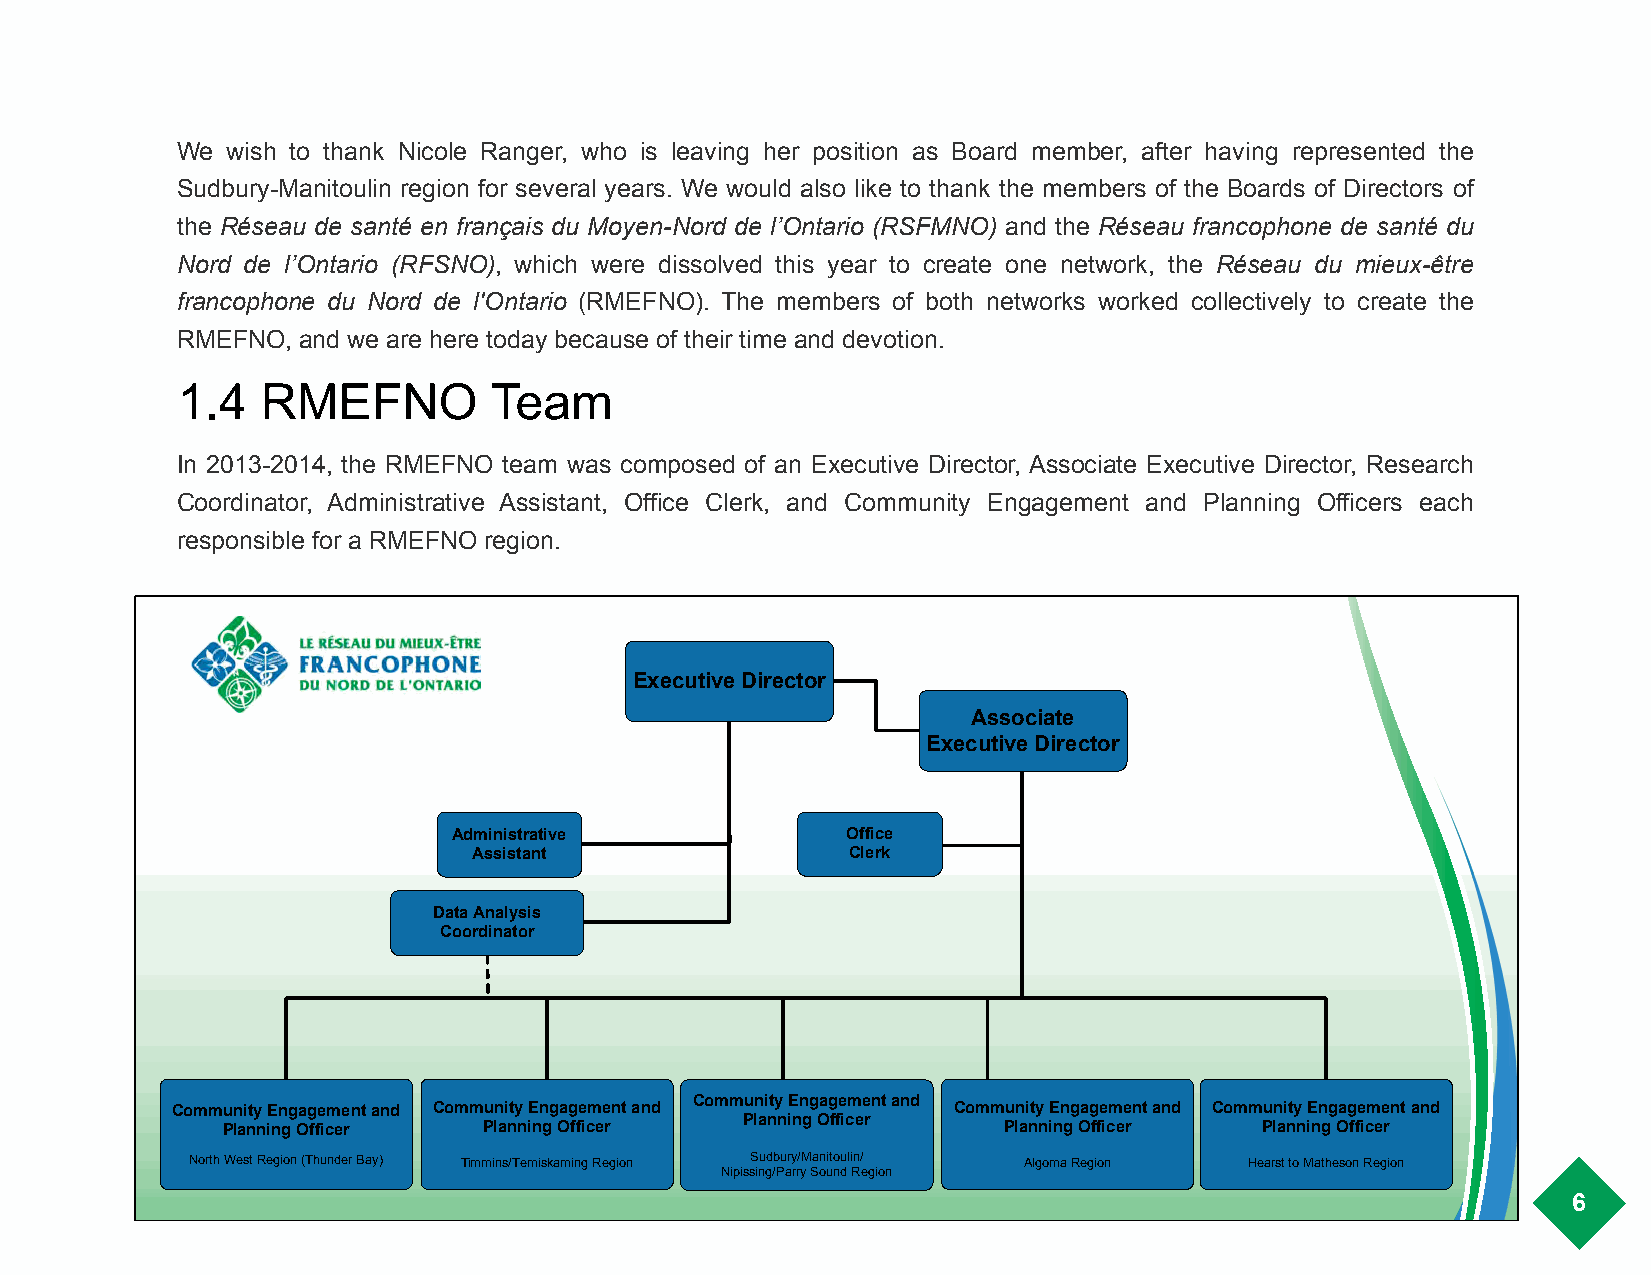
!
 We wish to thank Nicole Ranger, who is leaving her position as Board member, after having represented the
 Sudbury-Manitoulin region for several years. We would also like to thank the members of the Boards of Directors of
 the Réseau de santé en français du Moyen-Nord de l’Ontario (RSFMNO) and the Réseau francophone de santé du
 Nord de l’Ontario (RFSNO), which were dissolved this year to create one network, the Réseau du mieux-être
 francophone du Nord de l'Ontario (RMEFNO). The members of both networks worked collectively to create the
 RMEFNO, and we are here today because of their time and devotion.
 1.4  RMEFNO         Team
 In 2013-2014, the RMEFNO team was composed of an Executive Director, Associate Executive Director, Research
 Coordinator, Administrative Assistant, Office Clerk, and Community Engagement and Planning Officers each
 responsible for a RMEFNO region.
 Executive Director
 Associate
 Executive Director
 Administrative            Office
 Assistant                Clerk
 Data Analysis
 Coordinator
 Community Engagement and
 Community Engagement and Community Engagement and   Community Engagement and Community Engagement and
 Planning Officer
 Planning Officer Planning Officer                  Planning Officer  Planning Officer
 North West Region (Thunder Bay) Timmins/Temiskaming Region Sudbury/Manitoulin/ Algoma Region Hearst to Matheson Region
 Nipissing/Parry Sound Region
 6